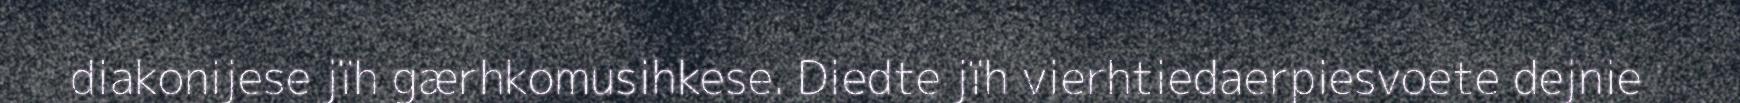
diakonijese jïh gærhkomusihkese. Diedte jïh vierhtiedaerpiesvoete dejnie